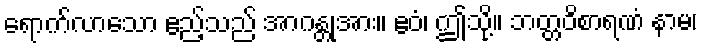
ရောက်လာသော ဧည့်သည် အာဂန္တုအား။ ဧဝံ၊ ဤသို့။ ဘတ္တဝိစာရဏံ နာမ၊